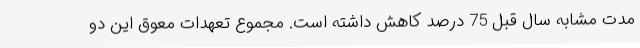
مدت مشابه سال قبل 75 درصد کاهش داشته است. مجموع تعهدات معوق این دو